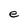
Character: e